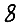
Digit: 8